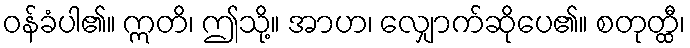
ဝန်ခံပါ၏။ ဣတိ၊ ဤသို့။ အာဟ၊ လျှောက်ဆိုပေ၏။ စတုတ္ထီ၊